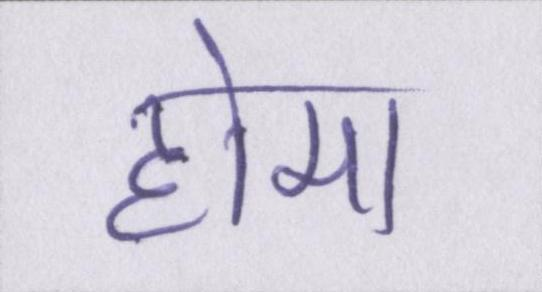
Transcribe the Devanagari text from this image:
हेमा